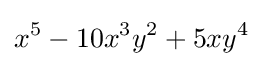
x^{5}-10x^{3}y^{2}+5xy^{4}